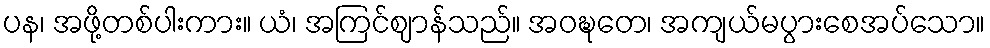
ပန၊ အဖို့တစ်ပါးကား။ ယံ၊ အကြင်ဈာန်သည်။ အဝဍ္ဎတေ၊ အကျယ်မပွားစေအပ်သော။